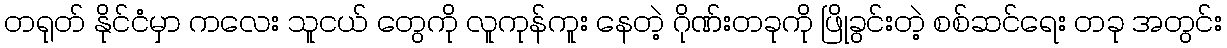
တရုတ် နိုင်ငံမှာ ကလေး သူငယ် တွေကို လူကုန်ကူး နေတဲ့ ဂိုဏ်းတခုကို ဖြိုခွင်းတဲ့ စစ်ဆင်ရေး တခု အတွင်း